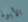
الأبوة